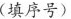
(填序号)